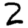
Digit: 2